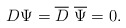
\begin{align*}D\Psi={\overline D}~{\overline \Psi}=0.\end{align*}